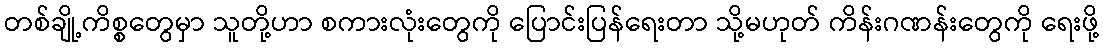
တစ်ချို့ကိစ္စတွေမှာ သူတို့ဟာ စကားလုံးတွေကို ပြောင်းပြန်ရေးတာ သို့မဟုတ် ကိန်းဂဏန်းတွေကို ရေးဖို့